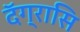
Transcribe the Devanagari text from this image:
दॅग्रासि